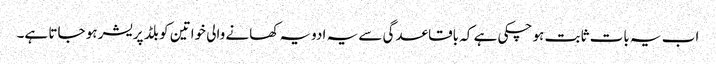
اب یہ بات ثابت ہو چکی ہے کہ باقاعدگی سے یہ ادویہ کھانے والی خواتین کو بلڈ پریشر ہو جاتا ہے۔